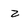
Character: z